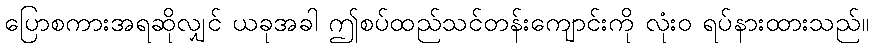
ပြောစကားအရဆိုလျှင် ယခုအခါ ဤစပ်ထည်သင်တန်းကျောင်းကို လုံးဝ ရပ်နားထားသည်။